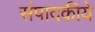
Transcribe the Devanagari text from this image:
संपादकीये